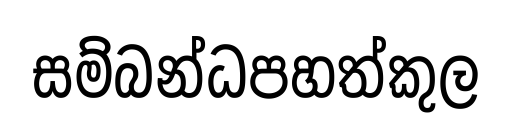
සම්බන්ධපහත්කුල